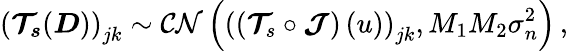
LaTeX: \left(\boldsymbol{\mathcal{T}_{s}}(\boldsymbol{D})\right)_{jk}\sim\mathcal{CN}\left(\left(\left(\boldsymbol{\mathcal{T}}_{s}\circ\boldsymbol{\mathcal{J}}\right)\left(u\right)\right)_{jk},M_{1}M_{2}\sigma_{n}^{2}\right)\, ,